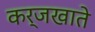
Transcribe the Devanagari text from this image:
कर्जखाते